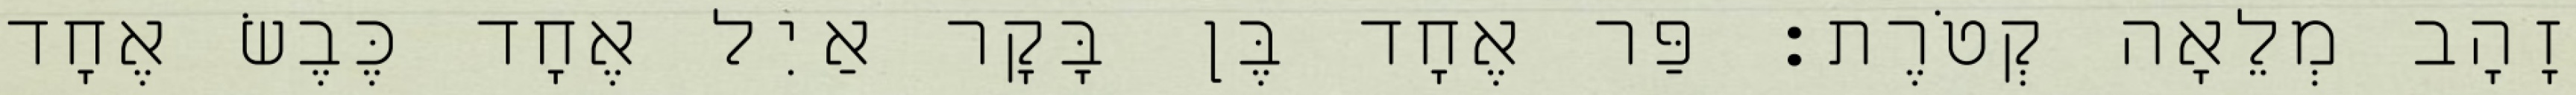
זָהָב מְלֵאָה קְטֹרֶת׃ פַּר אֶחָד בֶּן בָּקָר אַיִל אֶחָד כֶּבֶשׂ אֶחָד